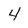
Character: 4